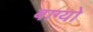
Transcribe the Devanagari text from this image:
बाग्यो